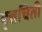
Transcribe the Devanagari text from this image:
वृत्तचिती